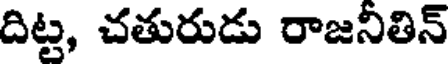
దిట్ట, చతురుడు రాజనితిన్